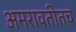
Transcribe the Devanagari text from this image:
अमरावतीतच